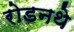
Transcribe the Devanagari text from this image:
रोडनथे